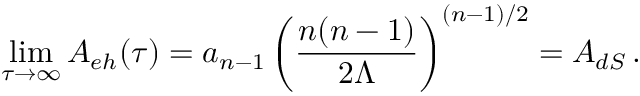
\operatorname * { l i m } _ { \tau \rightarrow \infty } { \cal A } _ { e h } ( \tau ) = a _ { n - 1 } \left( { \frac { n ( n - 1 ) } { 2 \Lambda } } \right) ^ { ( n - 1 ) / 2 } = { \cal A } _ { d S } \, .